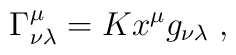
\Gamma ^{\mu}_{\nu\lambda}=K x^{\mu}g_{\nu\lambda}\;,